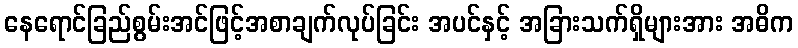
နေရောင်ခြည်စွမ်းအင်ဖြင့်အစာချက်လုပ်ခြင်း အပင်နှင့် အခြားသက်ရှိများအား အဓိက